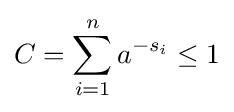
C=\sum _{i=1}^{n}a^{-s_{i}}\leq 1